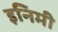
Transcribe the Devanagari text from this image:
इनिमी